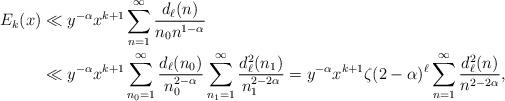
LaTeX: \begin{align*}E_k(x) &\ll y^{-\alpha}x^{k+1} \sum_{n=1}^{\infty} \frac{d_{\ell}(n)}{n_0 n^{1-\alpha}}\\&\ll y^{-\alpha}x^{k+1}\sum_{n_0=1}^{\infty}\frac{d_{\ell}(n_{0})}{n_{0}^{2-\alpha}}\sum_{n_1=1}^{\infty}\frac{d_{\ell}^{2}(n_{1})}{n_{1}^{2-2\alpha}}= y^{-\alpha} x^{k+1}\zeta(2-\alpha)^{\ell} \sum_{n=1}^{\infty}\frac{d_{\ell}^{2}(n)}{n^{2-2\alpha}},\end{align*}